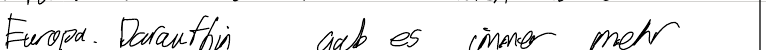
Europa. Daraufhin gab es immer mehr